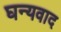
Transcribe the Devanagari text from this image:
घन्यवाद